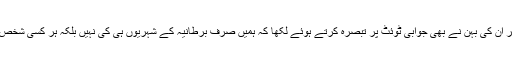
برطانوی وزیرخارجہ کی ٹوئٹ پر ان کی بہن نے بھی جوابی ٹوئٹ پر تبصرہ کرتے ہوئے لکھا کہ ہمیں صرف برطانیہ کے شہریوں ہی کی نہیں بلکہ ہر کسی شخص کے حقوق کا تحفظ کرنا چاہیئے۔